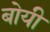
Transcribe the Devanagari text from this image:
बोयी